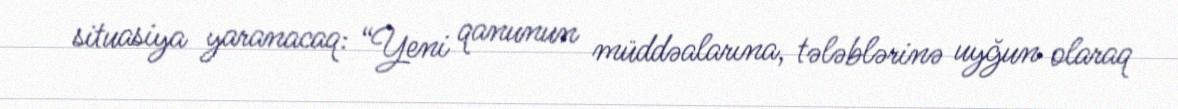
situasiya yaranacaq: “Yeni qanunun müddəalarına, tələblərinə uyğun olaraq